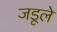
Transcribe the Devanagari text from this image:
जडूले